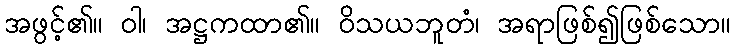
အဖွင့်၏။ ဝါ၊ အဋ္ဌကထာ၏။ ဝိသယဘူတံ၊ အရာဖြစ်၍ဖြစ်သော။